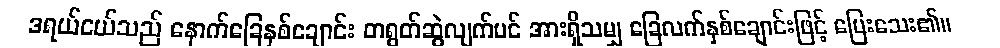
ဒရယ်ငယ်သည် နောက်ခြေနှစ်ချောင်း တရွတ်ဆွဲလျက်ပင် အားရှိသမျှ ခြေလက်နှစ်ချောင်းဖြင့် ပြေးသေး၏။